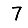
Digit: 7